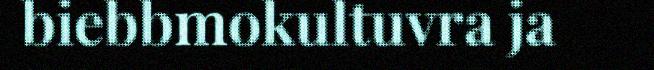
biebbmokultuvra ja